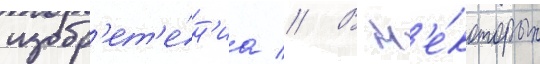
изобр'ет'е́н'иа // В н'е́которых